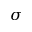
\sigma